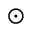
\odot